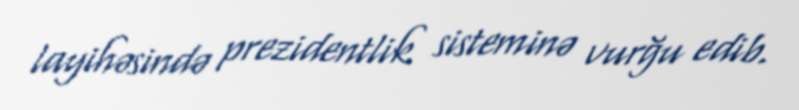
layihəsində prezidentlik sisteminə vurğu edib.